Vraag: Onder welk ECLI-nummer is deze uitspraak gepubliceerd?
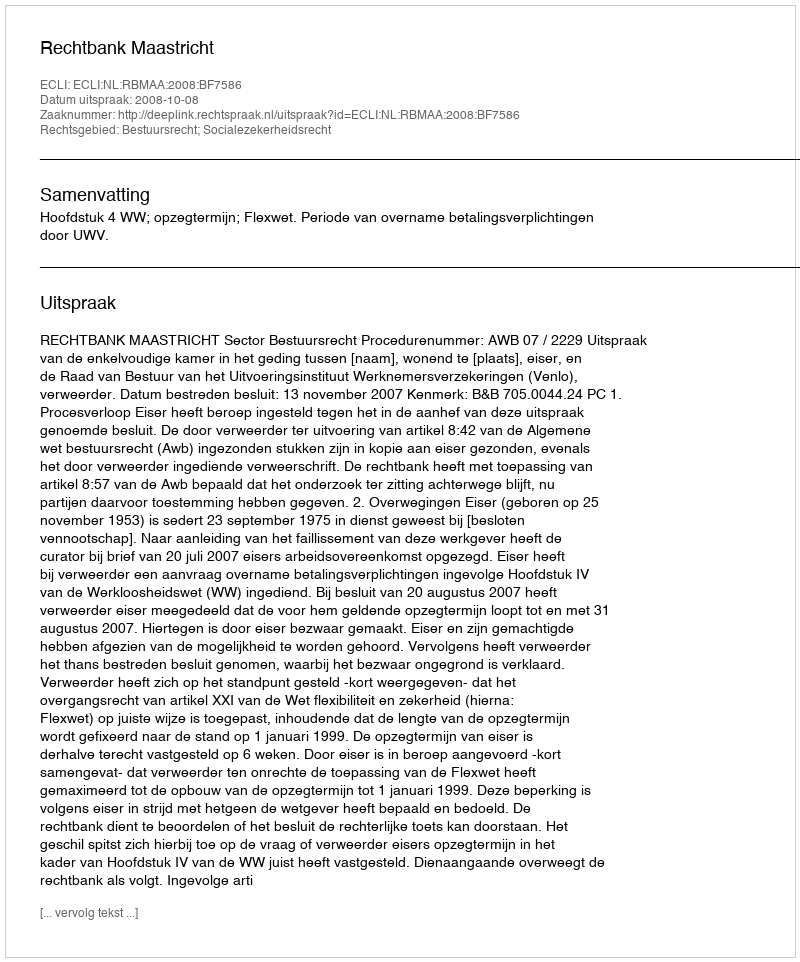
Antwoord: ECLI:NL:RBMAA:2008:BF7586